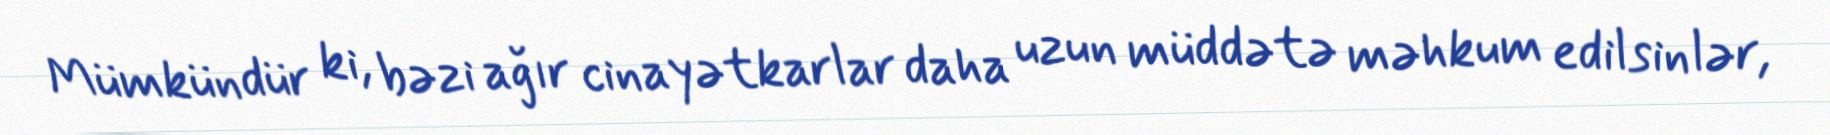
Mümkündür ki, bəzi ağır cinayətkarlar daha uzun müddətə məhkum edilsinlər,